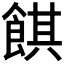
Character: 𱃪